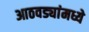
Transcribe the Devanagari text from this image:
आठवड्यांमध्ये